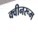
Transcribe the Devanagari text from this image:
क्वीनरूम